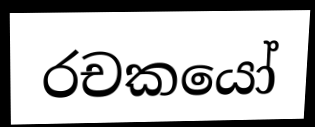
රචකයෝ